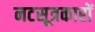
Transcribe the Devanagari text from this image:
नटसूत्रकारों